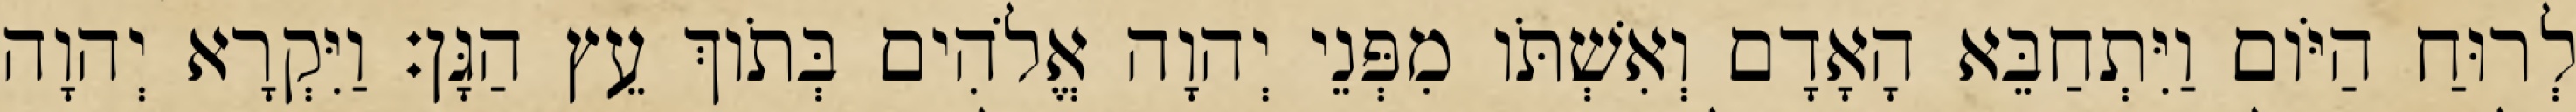
לְרוּחַ הַיֹּום וַיִּתְחַבֵּא הָאָדָם וְאִשְׁתֹּו מִפְּנֵי יְהוָה אֱלֹהִים בְּתֹוךְ עֵץ הַגָּן׃ וַיִּקְרָא יְהוָה